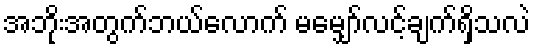
အဘိုးအတွက်ဘယ်လောက် မမျှော်လင့်ချက်ရှိသလဲ